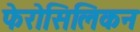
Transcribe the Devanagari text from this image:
फेरोसिलिकन